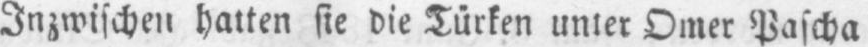
Inzwischen hatten sie die Türken unter Omer Pascha